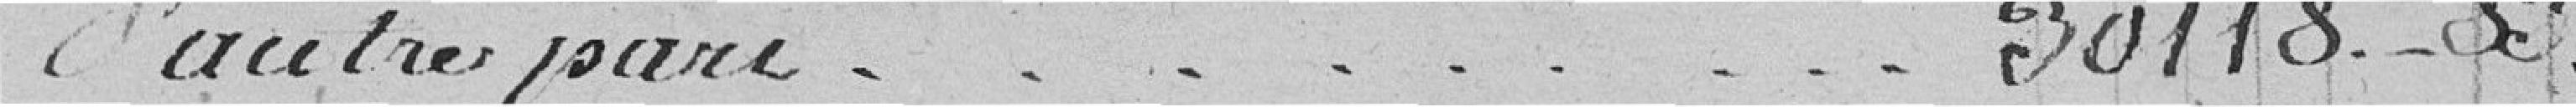
D'autre part......................................................................................... 30118.33